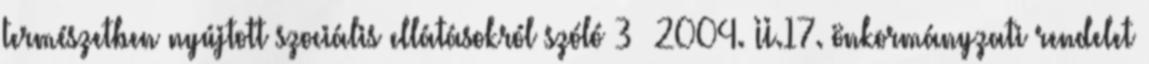
természetben nyújtott szociális ellátásokról szóló 3 2004. II.17. önkormányzati rendelet